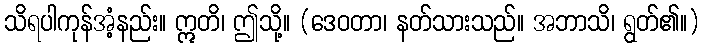
သိရပါကုန်အံ့နည်း။ ဣတိ၊ ဤသို့။ (ဒေဝတာ၊ နတ်သားသည်။ အဘာသိ၊ ရွတ်၏။)